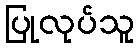
ပြုလုပ်သူ